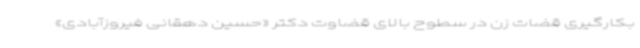
بکارگیری قضات زن در سطوح بالای قضاوت دکتر «حسین دهقانی فیروزآبادی»